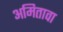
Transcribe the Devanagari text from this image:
अमितावा